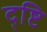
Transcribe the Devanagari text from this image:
द्ष्टि